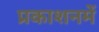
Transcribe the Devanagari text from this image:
प्रकाशनमें